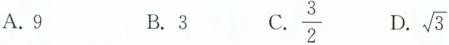
A.9 B.3C.\frac{3}{2}D.\sqrt{3}